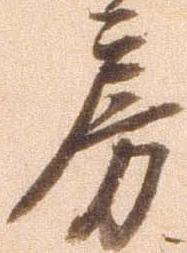
房